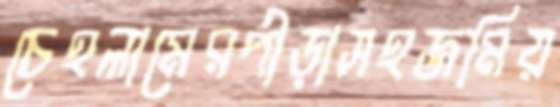
চেহলামেরপীড়াসহজমিয়